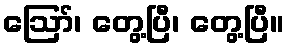
ဪ၊ တွေ့ပြီ၊ တွေ့ပြီ။